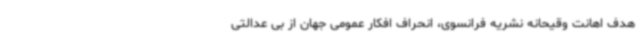
هدف اهانت وقیحانه نشریه فرانسوی، انحراف افکار عمومی جهان از بی عدالتی